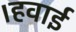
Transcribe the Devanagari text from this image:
।हवाई